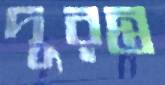
দূরন্ত